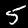
Label: 5